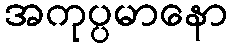
အကုပ္ပမာနော